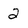
Character: 2